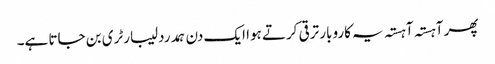
پھر آہستہ آہستہ یہ کاروبار ترقی کرتے ہوا ایک دن ہمدرد لیبارٹری بن جاتا ہے۔